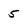
Character: 5